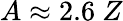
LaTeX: A\approx 2.6~Z